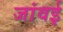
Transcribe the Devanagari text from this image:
जांवई